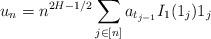
LaTeX: \begin{align*} u_n = n^{2H-1/2} \sum_{j\in[n]} a_{t_{j-1}} I_1(1_j) 1_j \end{align*}